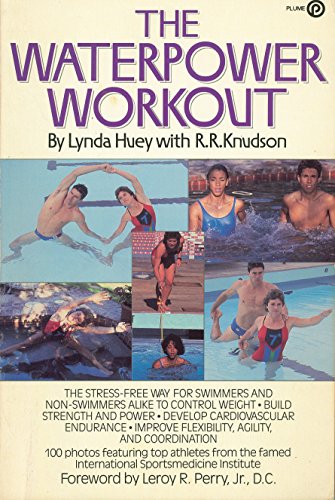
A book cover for Waterpower Workout (Plume); R. R. Knudson; Health, Fitness & Dieting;